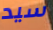
سيد